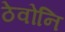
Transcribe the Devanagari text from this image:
ठेवोनि